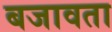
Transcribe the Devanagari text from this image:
बजावता